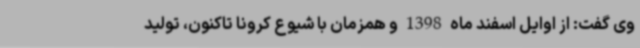
وی گفت: از اوایل اسفند ماه 1398 و همزمان با شیوع کرونا تاکنون، تولید